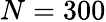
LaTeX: N=300